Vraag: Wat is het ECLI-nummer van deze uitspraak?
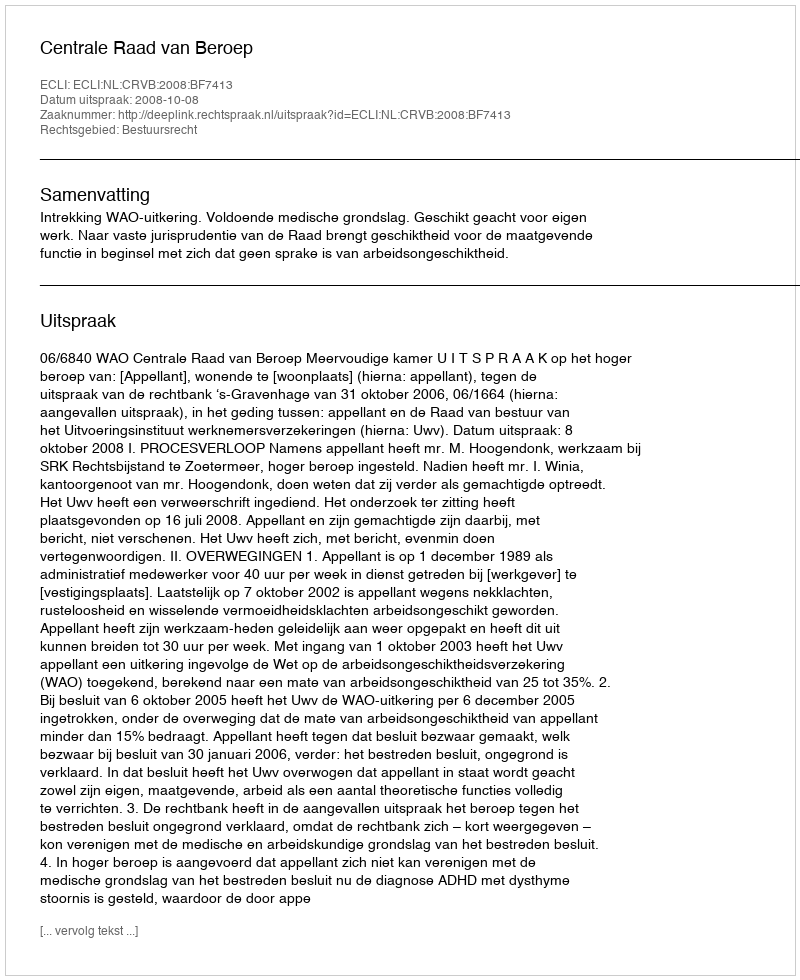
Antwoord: ECLI:NL:CRVB:2008:BF7413